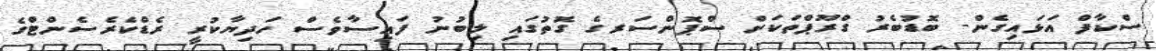
ސްކާފް އަޅައިގެން- ބޮޑުބެރު ގްރޫޕްތަކަށް ސްޕޮންސަރގެ ގޮތުގައި ލިބުނު ފައިސާވެސް ހަދިޔާކުރީ ރެޑްކެރެސެންޓްގެ